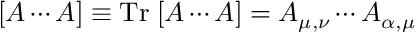
[ A \cdots A ] \equiv \mathrm { T r } \; [ A \cdots A ] = A _ { \mu , \nu } \cdots A _ { \alpha , \mu }